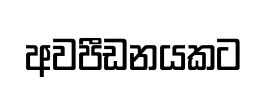
අවපීඩනයකට